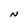
Character: N